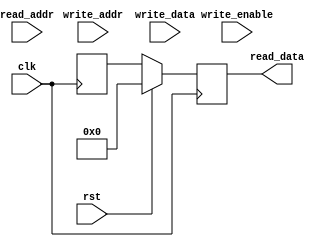
module MemoryBlocksPipelinedRegFile (
    input wire clk,
    input wire rst,
    input wire [7:0] write_addr,
    input wire [7:0] read_addr,
    input wire write_enable,
    input wire [31:0] write_data,
    output reg [31:0] read_data
);

reg [31:0] memory_block_0 [0:255];
reg [31:0] memory_block_1 [0:255];
reg [31:0] memory_block_2 [0:255];
// Define more memory blocks if needed

always @(posedge clk) begin
    if (rst) begin
        read_data <= 32'h0;
    end else begin
        if (write_enable) begin
            case (write_addr[9:8])
                2'b00: memory_block_0[write_addr[7:0]] <= write_data;
                2'b01: memory_block_1[write_addr[7:0]] <= write_data;
                2'b10: memory_block_2[write_addr[7:0]] <= write_data;
                // Add more cases for additional memory blocks
                default: ;
            endcase
        end
        read_data <= select_block(read_addr);
    end
end

function [31:0] select_block;
    input [7:0] addr;
    begin
        case (addr[9:8])
            2'b00: select_block = memory_block_0[addr[7:0]];
            2'b01: select_block = memory_block_1[addr[7:0]];
            2'b10: select_block = memory_block_2[addr[7:0]];
            // Add more cases for additional memory blocks
        endcase
    end
endfunction

endmodule